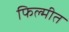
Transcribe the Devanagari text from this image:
फिल्मीत